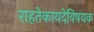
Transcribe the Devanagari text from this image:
राहतेकायदेविषयक